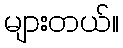
များတယ်။